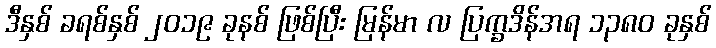
ဒီနှစ် ခရစ်နှစ် ၂၀၁၉ ခုနစ် ဖြစ်ပြီး မြန်မာ လ ပြက္ခဒိန်အရ ၁၃၈၀ ခုနှစ်